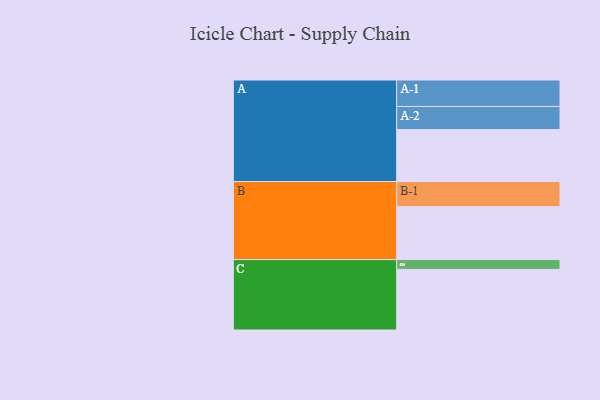
{"axis": {"x": "Segment", "y": "Value"}, "legend": ["", "A", "B", "C"], "data": [{"x": "A", "y": 324, "type": ""}, {"x": "B", "y": 330, "type": ""}, {"x": "C", "y": 378, "type": ""}, {"x": "A-1", "y": 165, "type": "A"}, {"x": "A-2", "y": 144, "type": "A"}, {"x": "B-1", "y": 157, "type": "B"}, {"x": "C-1", "y": 61, "type": "C"}]}